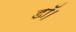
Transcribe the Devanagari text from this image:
डॉ।